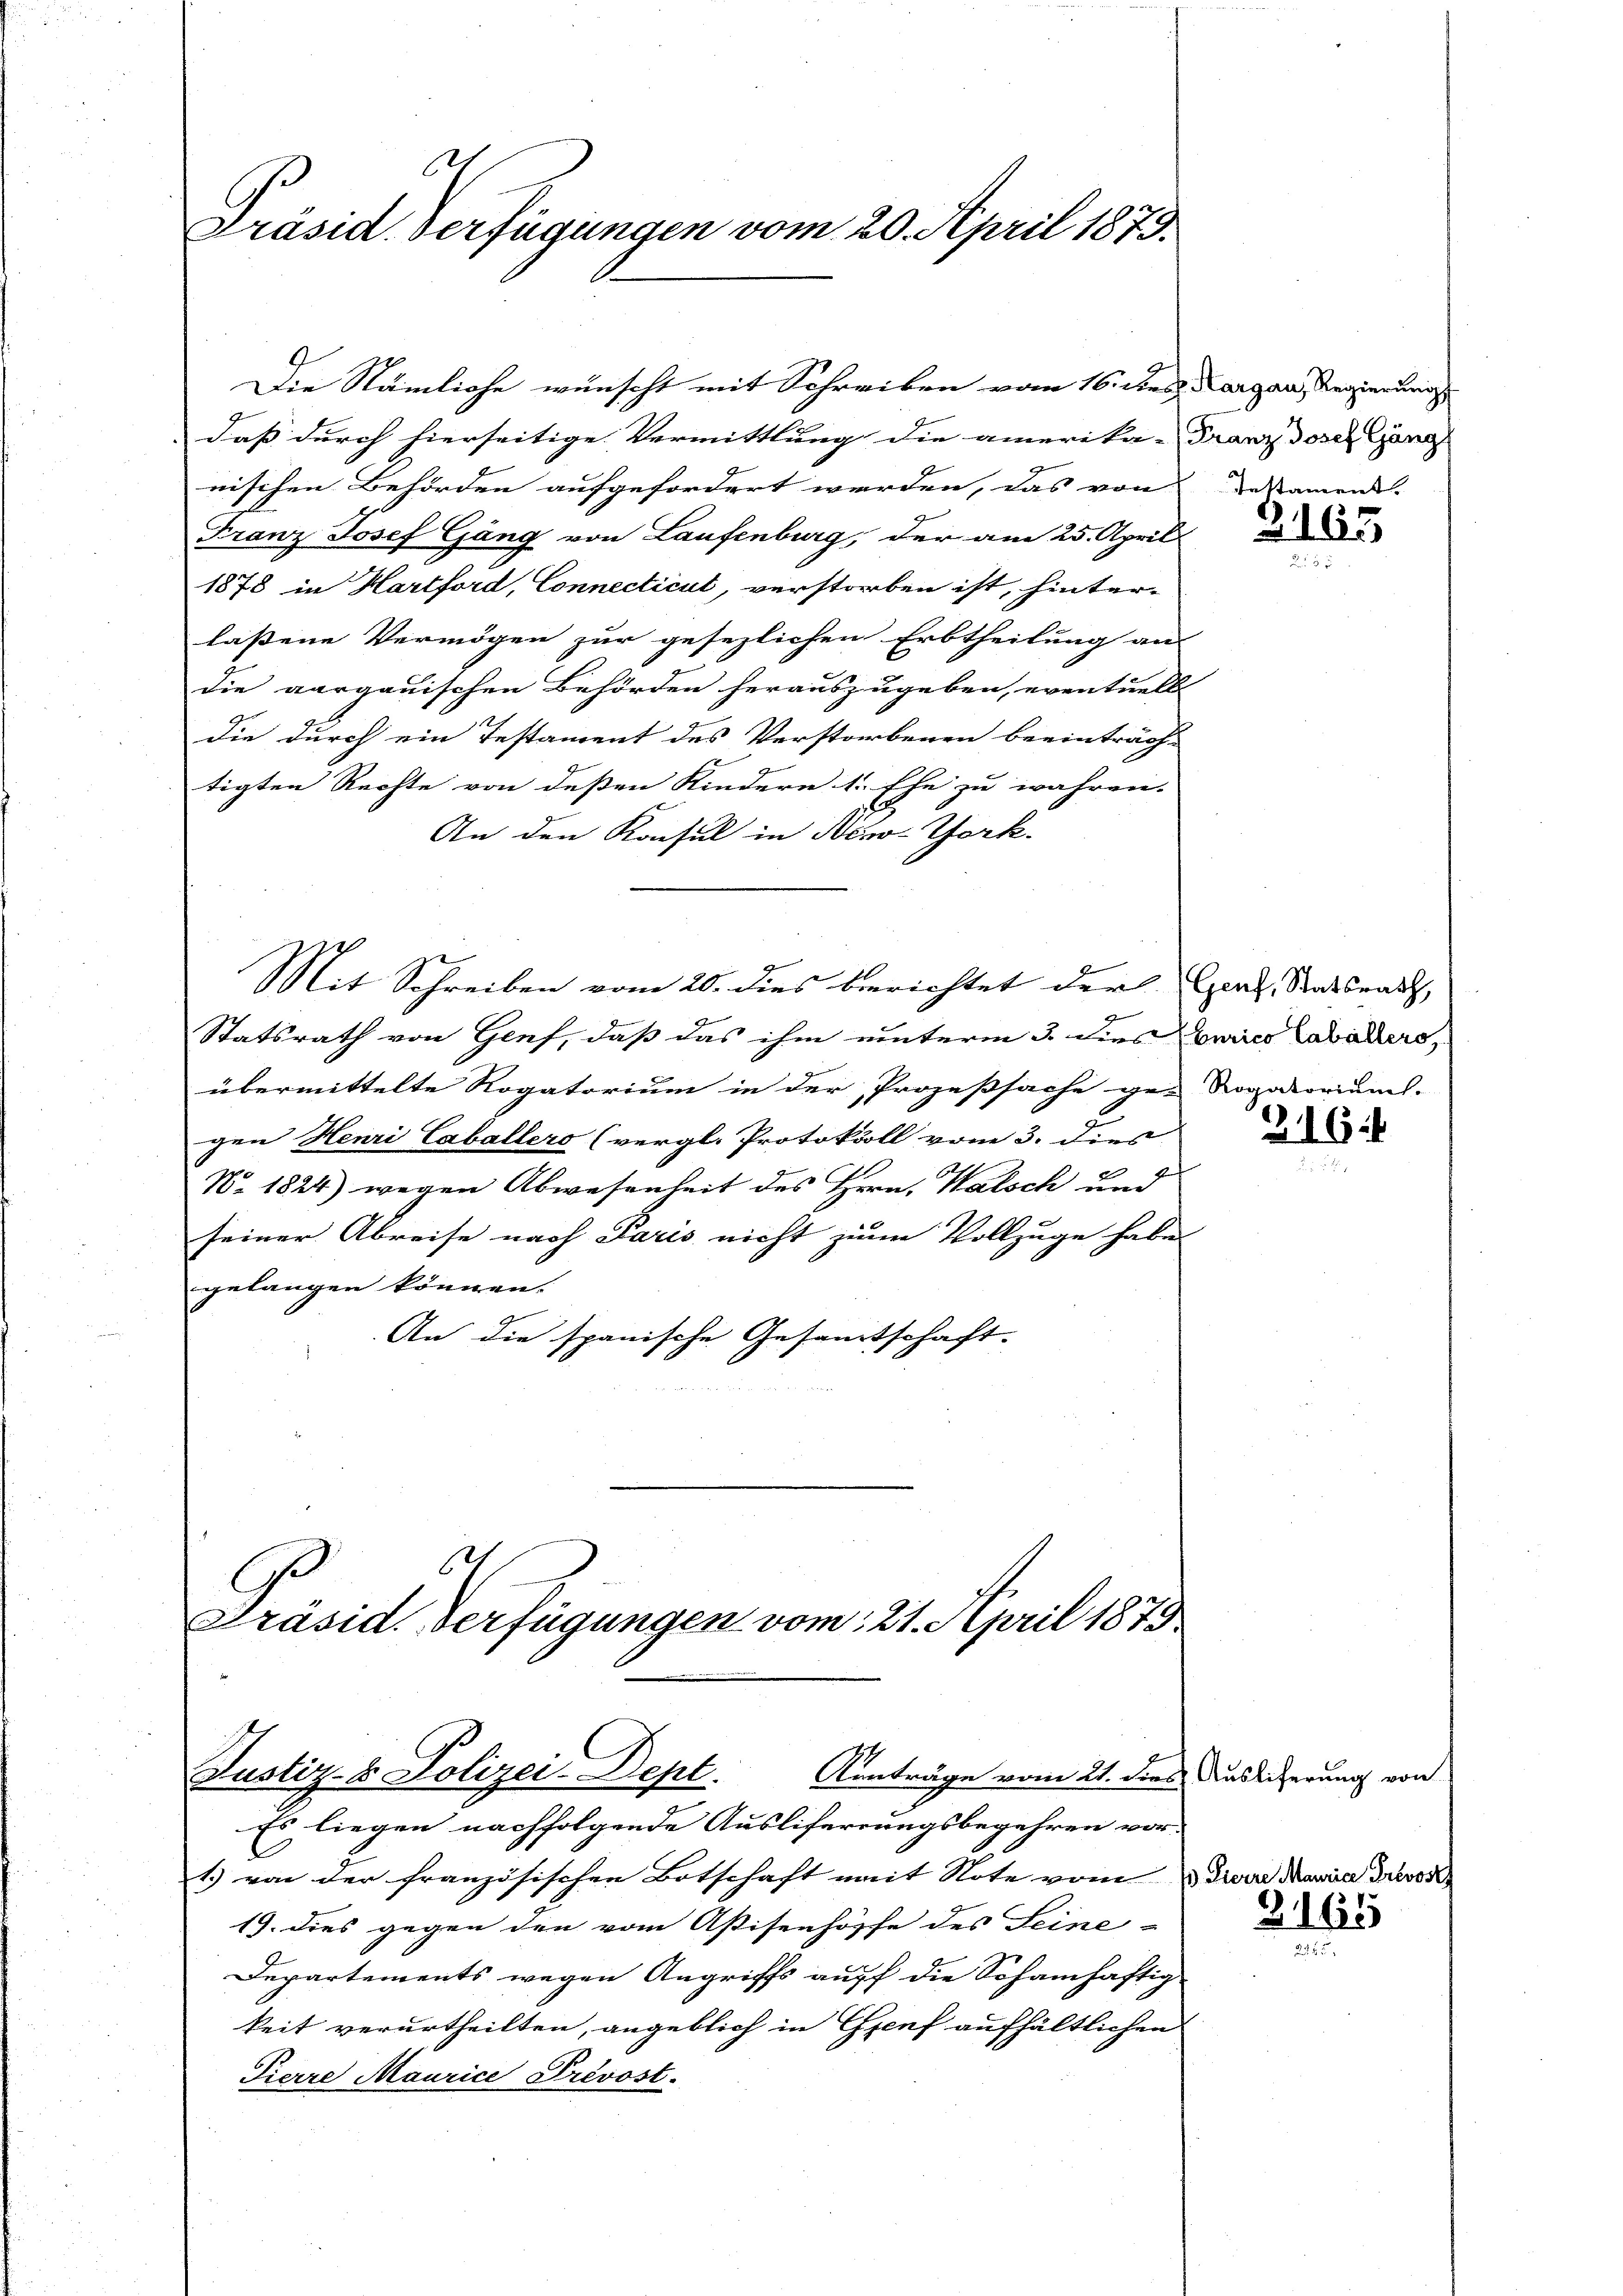
6
Präsid. Verfügungen vom 20. April 1873.

nischen Behörden aufgefordert werden, das von destament
Franz Josef Gäng von Laufenburg, der am 25. April
1878 in Hartford, Connecticul, verstorben ist, hinter-
lassene Vermögen zur gesezlichen Erbtheilung an
die aargauischen Behörden herauszugeben, eventuell
die durch ein Testament des Verstorbenen beeinträg-
tigten Rechte von deßen Kindern 1. Ehe zu wahren.
An den Konsul in New-York.
Mit Schreiben vom 20. dies berichtet der Gerl, Staatsrath,
3
Statsrath von Genf, daß das ihm unterm 3. dies Heims Tabader
übermittelte Rogatorium in der Prozeßsache ge- Rogatoriums.
gen Henri Caballers (vergl. Protokoll vom 3. dies
No. 1824) wegen Abwesenheit des Hern. Walsch und
seiner Abreise nach Paris nicht zum Vollzuge habe
gelangen können.
An die spanische Gesamtschaft.

Die Nämliche wünscht mit Schreiben vom 16. dies Aargau, Regierung

6
C
Präsid. Verfügungen vom 21. April 1873
Justiz- & Polizei-Dept.
Kanträge vom 21. dies Ausliferung von

daß durch hierseitige Vermittlung die amerika-Franz der Gang

Es liegen nachfolgende Ausliferrungsbegehren vor-
.
1) von der französischen Botschaft mit Note vom dem Manne divor
19. dies gegen den vom Aßisenhöpfe des Seine
Departements wegen Angriffs auff die Schanhaftig
keit verurtheilten, angeblich in Genf aufhältlichen
Pierre Maurice Prévost.

3165

2164

Z165